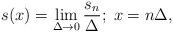
\begin{align*}s(x)= \lim_{\Delta \rightarrow 0} \frac{s_n}{\Delta}; \; x=n \Delta,\end{align*}